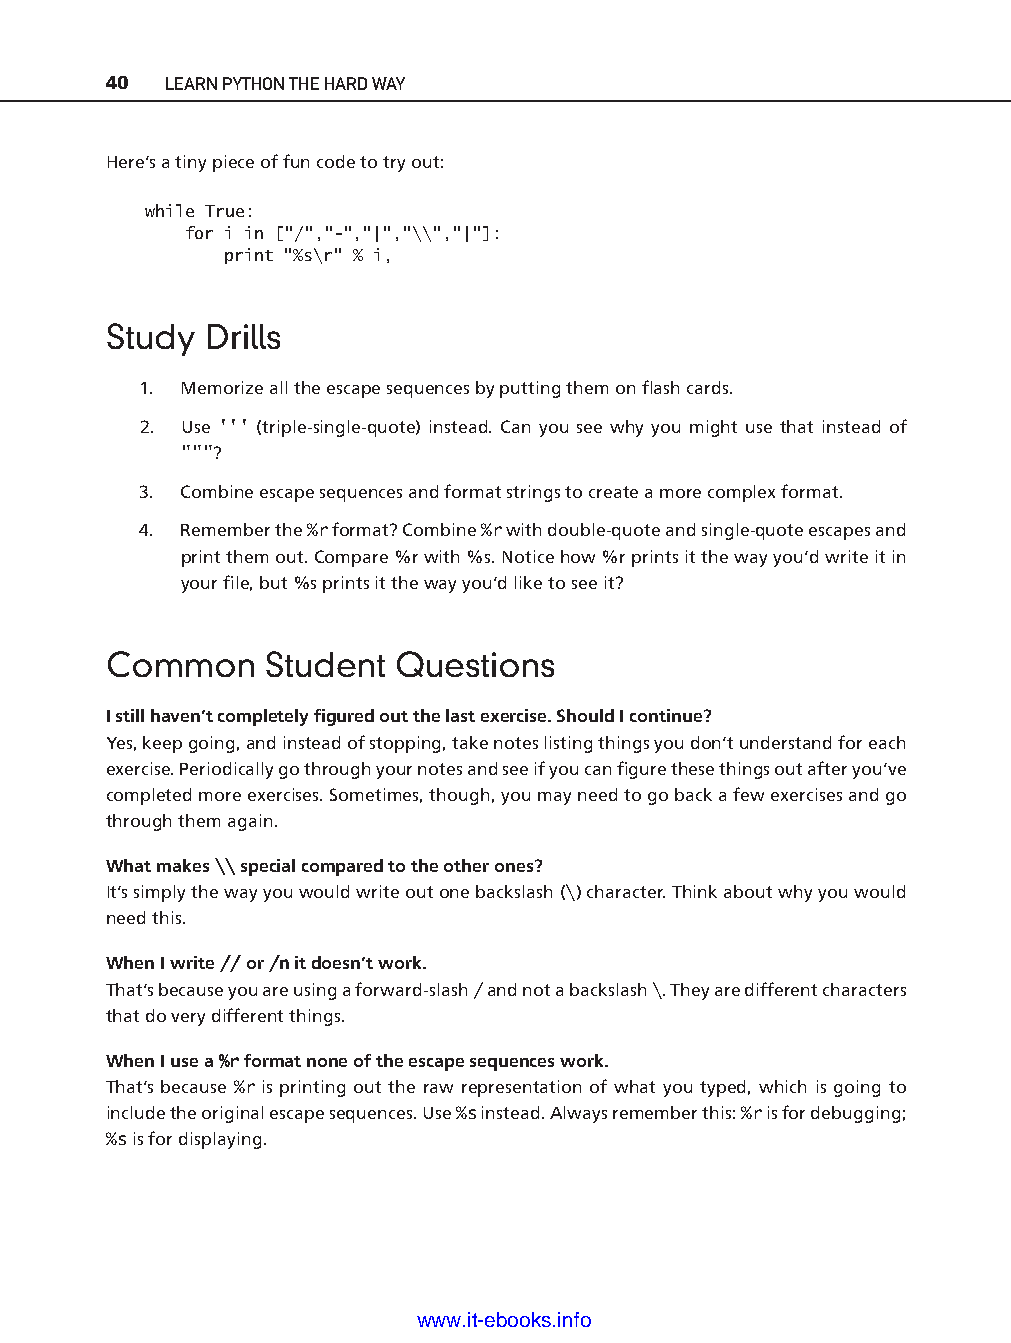
40  LEARN PYTHON THE HARD WAY
 Here’s a tiny piece of fun code to try out:
 while True:
 for i in ["/","-" ,"|","\\","|"]:
 print "%s\r" % i,
 Study  Drills
 1. Memorize all the escape sequences by putting them on fl ash cards.
 2. Use ''' (triple- single- quote) instead. Can you see why you might use that instead of
 """?
 3. Combine escape sequences and format strings to create a more complex format.
 4. Remember the %r format? Combine %r with double-q uote and single-q uote escapes and
 print them out. Compare %r with %s. Notice how %r prints it the way you’d write it in
 your fi le, but %s prints it the way you’d like to see it?
 Common     Student Questions
 ptg11539604
 I still haven’t completely fi gured out the last exercise. Should I continue?
 Yes, keep going, and instead of stopping, take notes listing things you don’t understand for each
 exercise. Periodically go through your notes and see if you can fi gure these things out after you’ve
 completed more exercises. Sometimes, though, you may need to go back a few exercises and go
 through them again.
 What makes \\ special compared to the other ones?
 It’s simply the way you would write out one backslash (\) character. Think about why you would
 need this.
 When I write // or /n it doesn’t work.
 That’s because you are using a forward-s lash / and not a backslash \. They are different characters
 that do very different things.
 When I use a %r format none of the escape sequences work.
 That’s because %r is printing out the raw representation of what you typed, which is going to
 include the original escape sequences. Use %s instead. Always remember this: %r is for debugging;
 %s is for displaying.
 www.it-ebooks.info